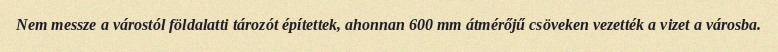
Nem messze a várostól földalatti tározót építettek, ahonnan 600 mm átmérőjű csöveken vezették a vizet a városba.